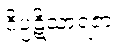
ဝိပ္ပဋိသာရဇာ